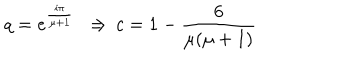
LaTeX: q = e ^ { \frac { i \pi } { \mu + 1 } } \ \ \Rightarrow \, c = 1 - \frac { 6 } { \mu ( \mu + 1 ) }